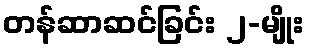
တန်ဆာဆင်ခြင်း ၂-မျိုး